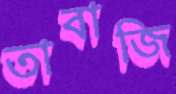
তাবাজি